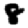
Digit: 8